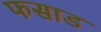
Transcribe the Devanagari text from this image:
फसाड